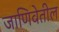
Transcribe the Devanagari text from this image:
जाणिवेतील